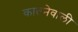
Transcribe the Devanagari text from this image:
कातनेवाली